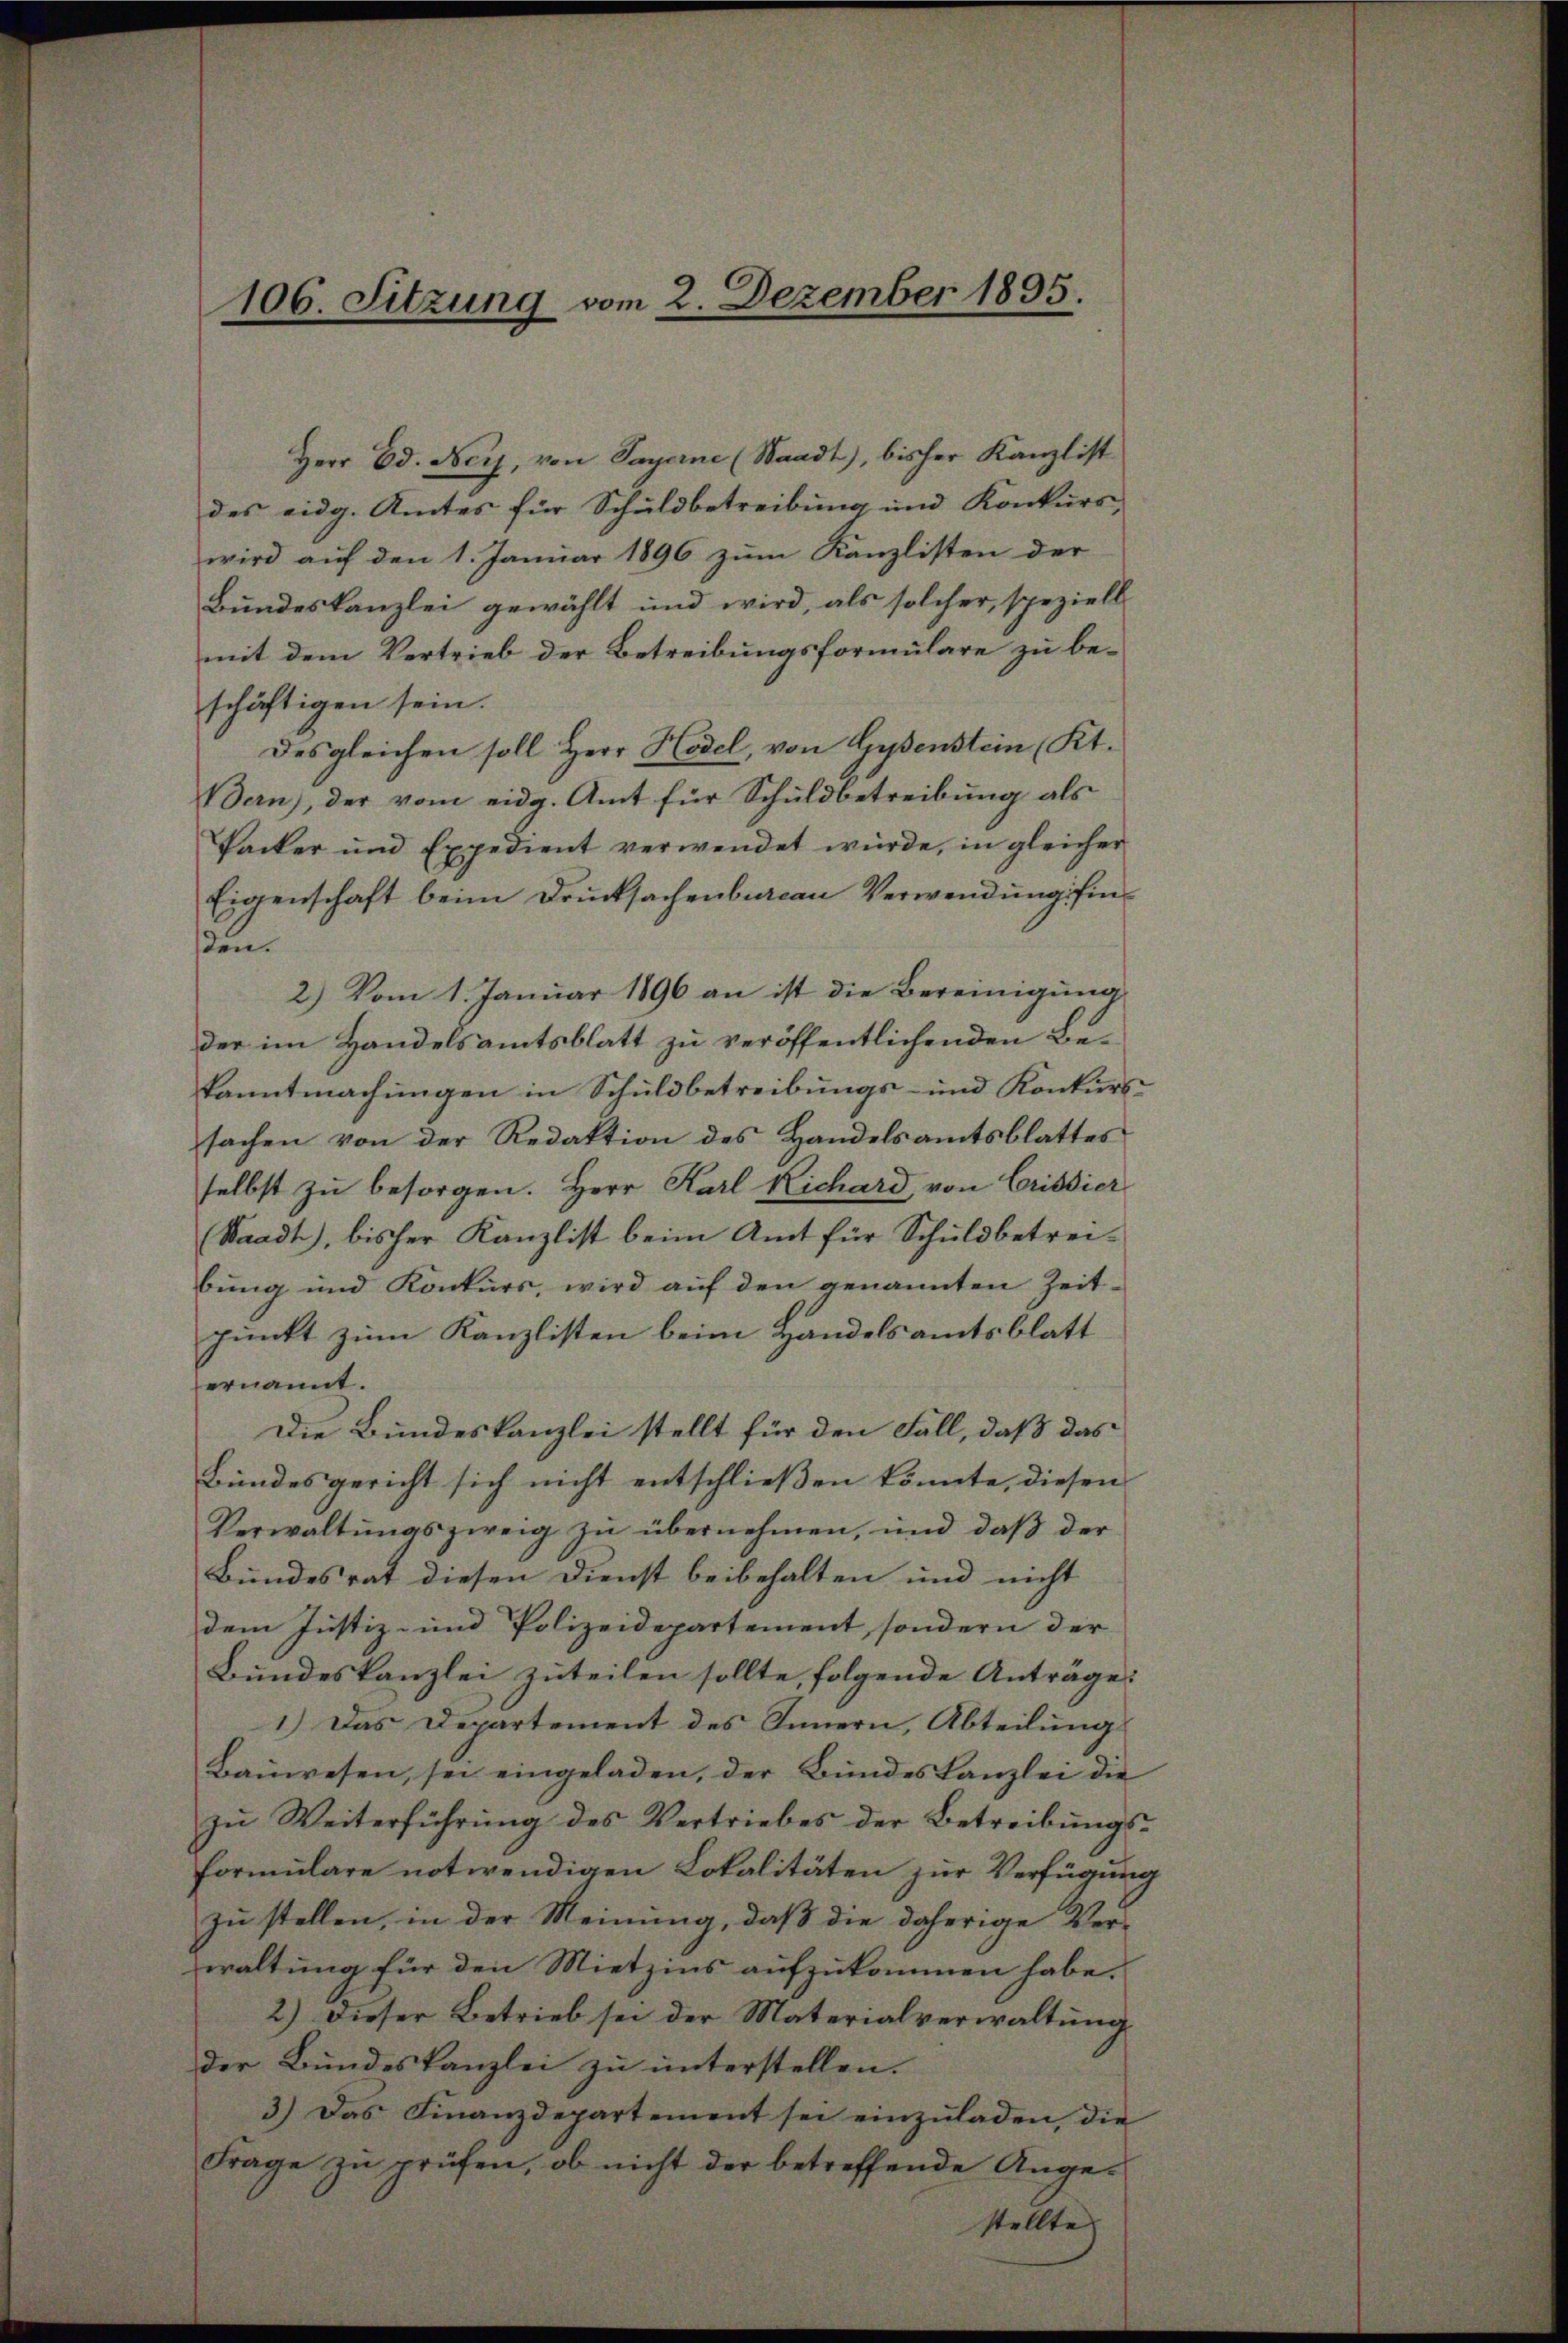
106. Sitzung vom 2. Dezember 1895.

Herr Ed. Ney, von Payerne (Waadt), bisher Kanzlist
des eidg. Amtes für Schuldbetreibung und Konkurs,
wird auf den 1. Januar 1896 zum Kanzlisten der
Bundeskanzlei gewählt und wird, als solcher, speziell
mit dem Vertrieb der Betreibungsformulare zu beschäftigen sein.
Desgleichen soll Herr Hodel, von Gysenstein (Kt.
Bern), der vom eidg. Amt für Schuldbetreibung als
Packer und Expedient verwendet würde, in gleicher
Eigenschaft beim Drucksachenbureau Verwendung finsen.
2) Vom 1. Januar 1896 an ist die Bereinigung
der im Handelsamtsblatt zu veröffentlichenden Bekanntmachungen in Schuldbetreibungs- und Konkurs-
sachen von der Redaktion des Handelsamtsblattes
selbst zŭ besorgen. Herr Karl Richard, von Crisdier
(Waadt, bisher Kanzlist beim Amt für Schuldbetreibung und Konkurs, wird aŭf den genannten Zeit-
punkt zum Kanzlisten beim Handelsamtsblatt
ernannt.
Die Bundeskanzlei stellt für den Fall, daß das
Bundesgericht sich nicht entschließen könnte, diesen
Verwaltŭngszweig zŭ übernehmen, und daβ der
Bundesrat diesen Dienst beibehalten und nicht
dem Justiz- und Polizeidepartement, sondern der
Bundeskanzlei zuteilen sollte, folgende Anträge:
1.) Das Departement des Innern, Abteilungs
Baŭwesen, sei eingeladen, der Bundeskanzlei die
zu Weiterführung des Vertriebes der Betreibungs¬
Formulare notwendigen Lokalitäten zur Verfügung
zu stellen, in der Meinung, daß die daherige Verwaltung für den Mietzins aufzukommen habe.
2.) Dieser Betrieb sei der Materialverwaltung
der Bundeskanzlei zu unterstellen.
3.) Das Finanzdepartement sei einzŭladen, die
Frage zŭ prüfen, ob nicht der betreffende Ange-
stellte